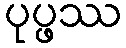
ပုပ္ဖဿ